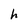
Character: h